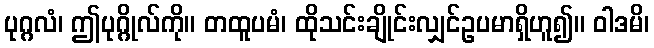
ပုဂ္ဂလံ၊ ဤပုဂ္ဂိုလ်ကို။ တထူပမံ၊ ထိုသင်းချိုင်းလျှင်ဥပမာရှိဟူ၍။ ဝါဒမိ၊